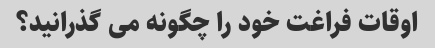
اوقات فراغت خود را چگونه می گذرانید؟